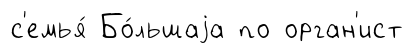
с'емья́ Бо́льшаjа по орган'ист